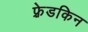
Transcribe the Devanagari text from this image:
फ़्रेडकिन